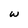
Character: W